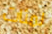
لمئات